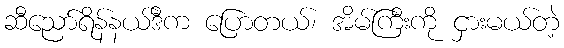
ဆီညော်ရိန်နယ်ဒီက ပြောတယ်၊ အိမ်ကြီးကို ငှားမယ်တဲ့